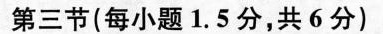
第三节(每小题1.5分,共6分)